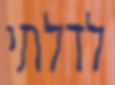
לדלתי